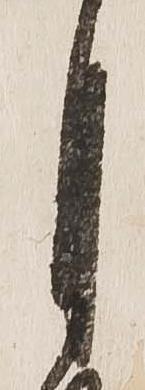
月